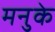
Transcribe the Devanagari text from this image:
मनुके